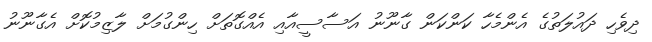
ދިވެހި ދައުލަތުގެ އެންމެހާ ކަންކަން ގާނޫނު އަސާސީއާއި އެއްގޮތަށް ހިންގުމަށް ލާޒިމުކޮށް އެގާނޫނު